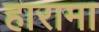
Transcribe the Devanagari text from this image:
हारामा